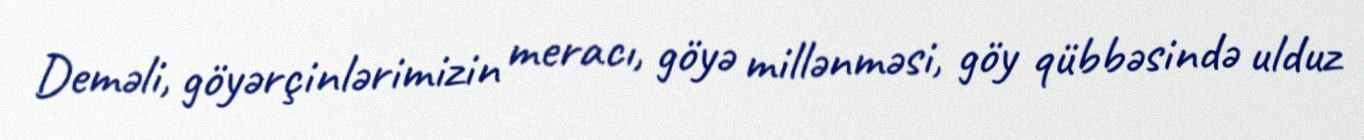
Deməli, göyərçinlərimizin meracı, göyə millənməsi, göy qübbəsində ulduz